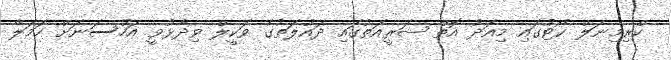
ކްރިމިނަލް ކޯޓުގައި މިއަދު އޮތް ޝަރީއަތުގައި ދައުލަތުގެ ވަކީލް ވިދާޅުވީ އަހުސަނަށް ހަމަލާ